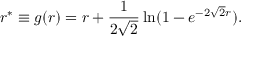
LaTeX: r ^ { * } \equiv g ( r ) = r + { \frac { 1 } { 2 \sqrt 2 } } \ln ( 1 - e ^ { - 2 \sqrt 2 r } ) .